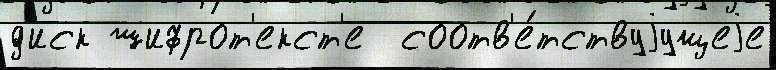
д'иск шифрот'екст'е  соотв'е́тствуjущеjе